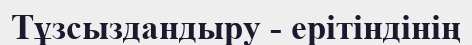
Тұзсыздандыру - ерітіндінің